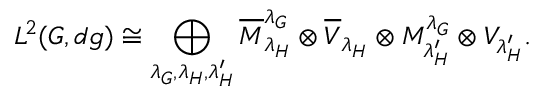
L ^ { 2 } ( G , d g ) \cong \bigoplus _ { \lambda _ { G } , \lambda _ { H } , \lambda _ { H } ^ { \prime } } \overline { { { M } } } _ { \lambda _ { H } } ^ { \lambda _ { G } } \otimes \overline { { { V } } } _ { { \lambda _ { H } } } \otimes M _ { \lambda _ { H } ^ { \prime } } ^ { \lambda _ { G } } \otimes V _ { \lambda _ { H } ^ { \prime } } .